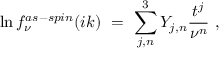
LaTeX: \ln f _ { \nu } ^ { a s - s p i n } ( i k ) \ = \ \sum _ { j , n } ^ { 3 } Y _ { j , n } \frac { t ^ { j } } { \nu ^ { n } } \ ,